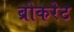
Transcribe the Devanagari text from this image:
ब्रोकरेट